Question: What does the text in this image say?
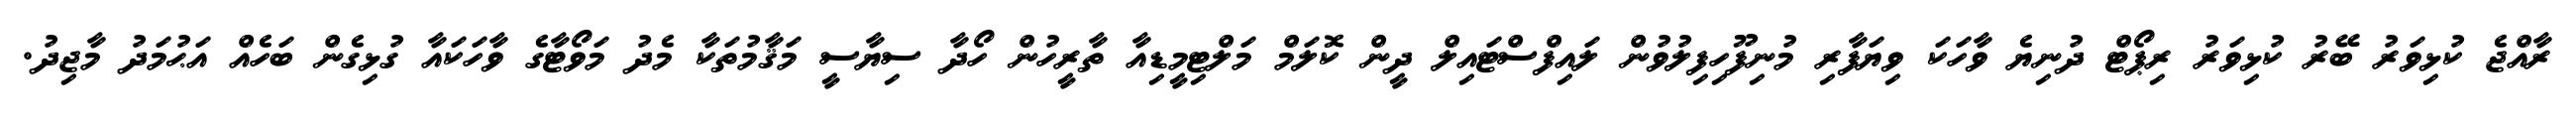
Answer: ރާއްޖެ ކުޅިވަރު ބޭރު ކުޅިވަރު ރިޕޯޓް ދުނިޔެ ވާހަކަ ވިޔަފާރި މުނިފޫހިފިލުވުން ލައިފްސްޓައިލް ދީން ކޮލަމް މަލްޓިމީޑިއާ ތާރީހުން ހޯދާ ސިޔާސީ މަޤާމުތަކާ މެދު މަވޯޓާގެ ވާހަކައާ ގުޅިގެން ބަހެއް އަޙުމަދު މާޖިދު.